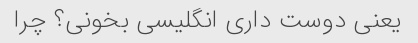
یعنی دوست داری انگلیسی بخونی؟ چرا